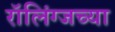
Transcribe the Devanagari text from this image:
रॉलिंग्जच्या